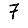
Digit: 7